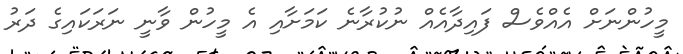
މީހުންނަށް އެއްވެސް ފައިދާއެއް ނުކުރާނެ ކަމަށާއި އެ މީހުން ވާނީ ނަރަކައިގެ ދަރު